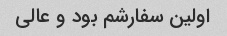
اولین سفارشم بود و عالی